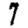
Digit: 7